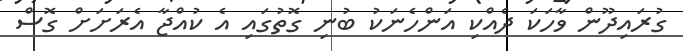
ގުރައިދޫން ވާހަކަ ދެއްކި އަންހެނަކު ބުނި ގޮތުގައި އެ ކުއްޖާ އެރަށަށް ގޮސް